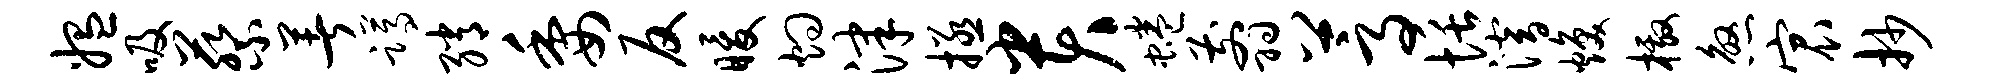
媪吸蔡著蹲绡委反暖灼津拯贵蜷翦蒿恬潜焕檄煞宸抄